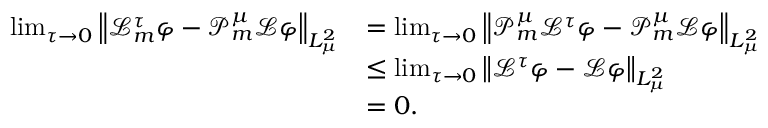
\begin{array} { r l } { \operatorname* { l i m } _ { \tau \to 0 } \left\| \mathcal { L } _ { m } ^ { \tau } \varphi - \mathcal { P } _ { m } ^ { \mu } \mathcal { L } \varphi \right\| _ { L _ { \mu } ^ { 2 } } } & { = \operatorname* { l i m } _ { \tau \to 0 } \left\| \mathcal { P } _ { m } ^ { \mu } \mathcal { L } ^ { \tau } \varphi - \mathcal { P } _ { m } ^ { \mu } \mathcal { L } \varphi \right\| _ { L _ { \mu } ^ { 2 } } } \\ & { \leq \operatorname* { l i m } _ { \tau \to 0 } \left\| \mathcal { L } ^ { \tau } \varphi - \mathcal { L } \varphi \right\| _ { L _ { \mu } ^ { 2 } } } \\ & { = 0 . } \end{array}